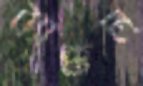
ব্যাক্কল